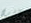
كافري